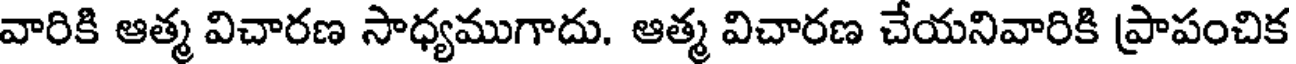
వారికి ఆత్మ విచారణ సాధ్యముగాదు. ఆత్మ విచారణ చేయనివారికి ప్రాపంచిక